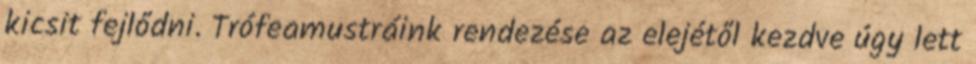
kicsit fejlődni. Trófeamustráink rendezése az elejétől kezdve úgy lett